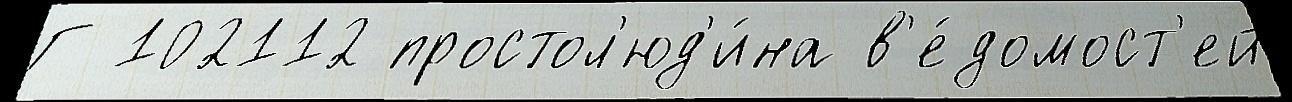
Г 102112 простол'юд'и́на в'е́домост'ей